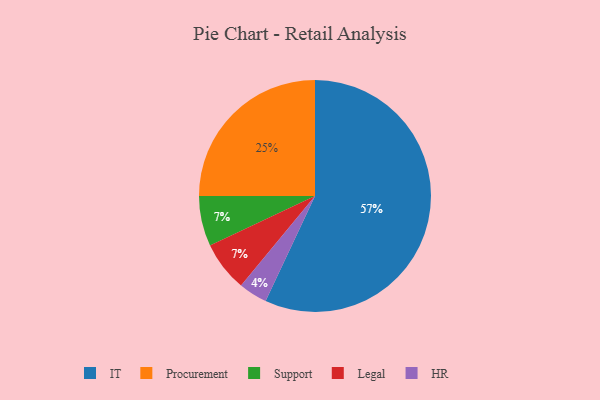
{"axis": {"x": "Category", "y": "Percentage"}, "legend": ["HR", "IT", "Legal", "Procurement", "Support"], "data": [{"x": "Support", "y": 7, "type": "Support"}, {"x": "IT", "y": 57, "type": "IT"}, {"x": "Legal", "y": 7, "type": "Legal"}, {"x": "Procurement", "y": 25, "type": "Procurement"}, {"x": "HR", "y": 4, "type": "HR"}]}